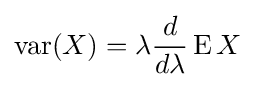
\operatorname {var} (X)=\lambda {\frac {d}{d\lambda }}\operatorname {E} X